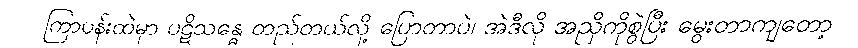
ကြာပန်းထဲမှာ ပဋိသန္ဓေ တည်တယ်လို့ ပြောတာပဲ၊ အဲဒီလို အညှိကိုစွဲပြီး မွေးတာကျတော့